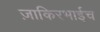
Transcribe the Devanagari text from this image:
ज़ाकिरभाईच